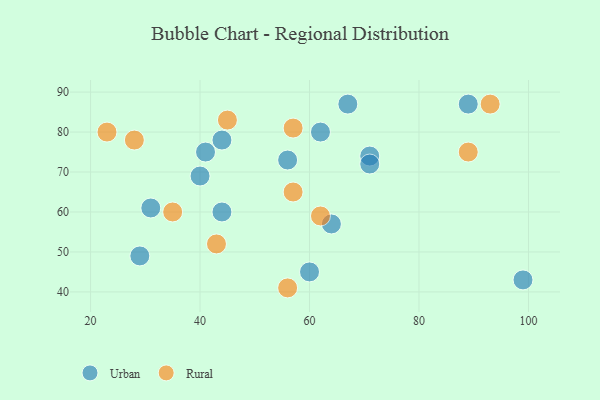
{"axis": {"x": "GDP", "y": "Life Expectancy"}, "legend": ["Rural", "Urban"], "data": [{"x": "44", "y": 78, "type": "Urban"}, {"x": "99", "y": 43, "type": "Urban"}, {"x": "40", "y": 69, "type": "Urban"}, {"x": "31", "y": 61, "type": "Urban"}, {"x": "64", "y": 57, "type": "Urban"}, {"x": "62", "y": 80, "type": "Urban"}, {"x": "71", "y": 74, "type": "Urban"}, {"x": "44", "y": 60, "type": "Urban"}, {"x": "41", "y": 75, "type": "Urban"}, {"x": "56", "y": 73, "type": "Urban"}, {"x": "71", "y": 72, "type": "Urban"}, {"x": "60", "y": 45, "type": "Urban"}, {"x": "29", "y": 49, "type": "Urban"}, {"x": "89", "y": 87, "type": "Urban"}, {"x": "67", "y": 87, "type": "Urban"}, {"x": "93", "y": 87, "type": "Rural"}, {"x": "23", "y": 80, "type": "Rural"}, {"x": "43", "y": 52, "type": "Rural"}, {"x": "57", "y": 81, "type": "Rural"}, {"x": "62", "y": 59, "type": "Rural"}, {"x": "28", "y": 78, "type": "Rural"}, {"x": "89", "y": 75, "type": "Rural"}, {"x": "56", "y": 41, "type": "Rural"}, {"x": "35", "y": 60, "type": "Rural"}, {"x": "57", "y": 65, "type": "Rural"}, {"x": "45", "y": 83, "type": "Rural"}]}